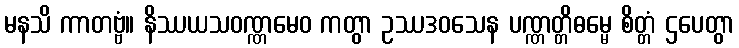
မနသိ ကာတဗ္ဗံ။ နိဿယသဝဏ္ဏမေဝ ကတွာ ဥဿဒဝသေန ပဏ္ဏတ္တိဓမ္မေ စိတ္တံ ဌပေတွာ